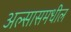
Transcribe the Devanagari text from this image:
अल्सासमधील